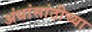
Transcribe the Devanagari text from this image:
अंधांसांठीच्या